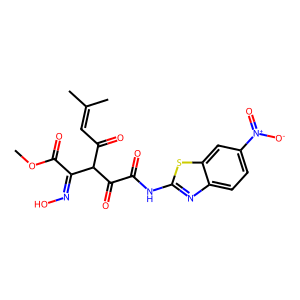
SMILES: COC(=O)C(=NO)C(C(=O)C=C(C)C)C(=O)C(=O)Nc1nc2ccc([N+](=O)[O-])cc2s1
Inhibits HIV replication: No